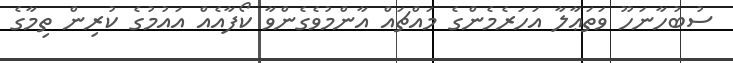
ސުބުހާނަހޫ ވަތަޢާލާ އަހަރެމެންގެ މައްޗައް އާންމުވެގެންވާ ކޯފާއެއް އައުމުގެ ކުރިން ތިމާގެ